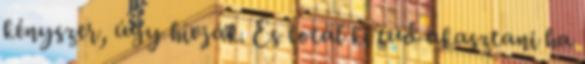
kényszer, úgy hívják. És totál ki tud akasztani ha